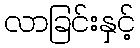
လာခြင်းနှင့်